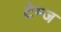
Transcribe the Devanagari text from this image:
टेम्ज